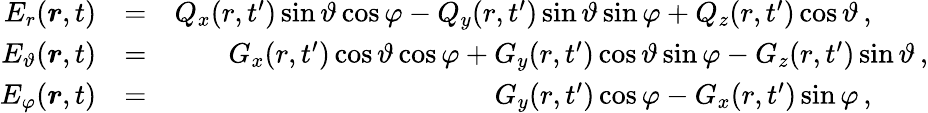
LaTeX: \begin{array}{rlr}{E_{r}(\boldsymbol{r},t)}&{=}&{Q_{x}(r,t^{\prime})\sin\vartheta\cos\varphi-Q_{y}(r,t^{\prime})\sin\vartheta\sin\varphi+Q_{z}(r,t^{\prime})\cos\vartheta\, ,\quad\quad}\\ {E_{\vartheta}(\boldsymbol{r},t)}&{=}&{G_{x}(r,t^{\prime})\cos\vartheta\cos\varphi+G_{y}(r,t^{\prime})\cos\vartheta\sin\varphi-G_{z}(r,t^{\prime})\sin\vartheta\, ,}\\ {E_{\varphi}(\boldsymbol{r},t)}&{=}&{G_{y}(r,t^{\prime})\cos\varphi-G_{x}(r,t^{\prime})\sin\varphi\, ,\quad\quad}\end{array}